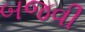
બજવી